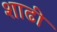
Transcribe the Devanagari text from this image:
शाढी